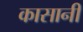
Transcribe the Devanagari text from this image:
कासानी